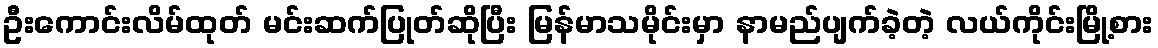
ဦးကောင်းလိမ်ထုတ် မင်းဆက်ပြုတ်ဆိုပြီး မြန်မာသမိုင်းမှာ နာမည်ပျက်ခဲ့တဲ့ လယ်ကိုင်းမြို့စား